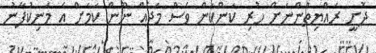
ދޮށީ ރައްޔިތުންނަށް ހުރި ކަންކަން ވެސް މަދެއް ނޫން ކަމަށް އެ މަނިކުފާނު